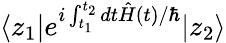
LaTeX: \langle z_{1}|e^{i\int_{t_{1}}^{t_{2}}dt\hat{H}(t)/\hbar}|z_{2}\rangle